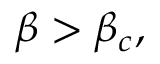
\begin{array} { r } { \beta > \beta _ { c } , } \end{array}